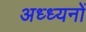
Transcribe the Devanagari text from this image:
अध्ध्यनों